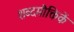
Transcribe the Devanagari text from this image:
शब्दमौक्तिकें